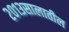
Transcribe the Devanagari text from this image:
२०१३सालातील